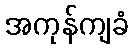
အကုန်ကျခံ